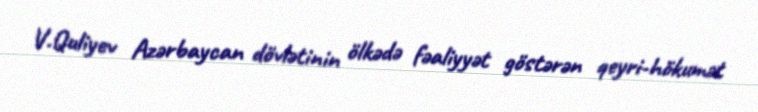
V.Quliyev Azərbaycan dövlətinin ölkədə fəaliyyət göstərən qeyri-hökumət